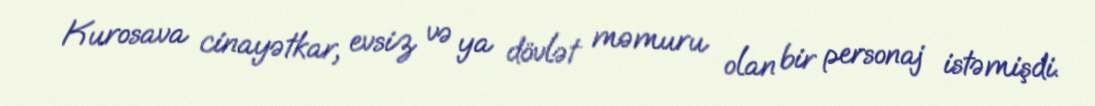
Kurosava cinayətkar, evsiz və ya dövlət məmuru olan bir personaj istəmişdi.